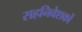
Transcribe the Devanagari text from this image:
सहनिवेशकों